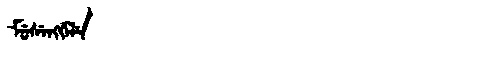
Manchu: ᠮᡠᠰᡝᠩᡤᡝᠯᡝ
Romanization: MUSENGGELE